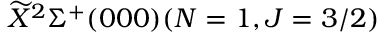
\widetilde { X } ^ { 2 } \Sigma ^ { + } ( 0 0 0 ) ( N = 1 , J = 3 / 2 )